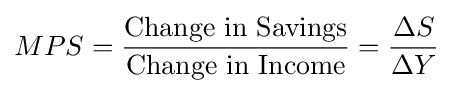
MPS={\frac {\text{Change in Savings}}{\text{Change in Income}}}={\frac {\Delta S}{\Delta Y}}